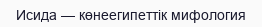
Исида — көнеегипеттік мифология